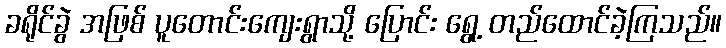
ခရိုင်ခွဲ အဖြစ် ပူတောင်းကျေးရွာသို့ ပြောင်း ရွေ့ တည်ထောင်ခဲ့ကြသည်။